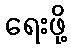
ရေးဖို့